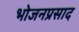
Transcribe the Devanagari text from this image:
भोजनप्रसाद